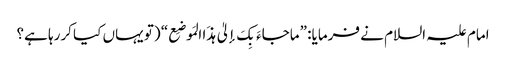
امام علیہ السلام نے فرمایا: ”ماجاءَ بِکَ إلیٰ ہذَا المَوضِع“ (تو یہاں کیا کررہا ہے؟